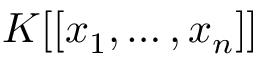
K [ [ x _ { 1 } , \ldots , x _ { n } ] ]